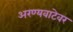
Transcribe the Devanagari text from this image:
अरण्यवाटेवर